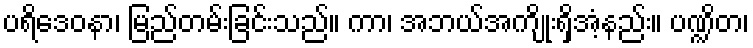
ပရိဒေဝနာ၊ မြည်တမ်းခြင်းသည်။ ကာ၊ အဘယ်အကျိုးရှိအံ့နည်း။ ပဏ္ဍိတ၊